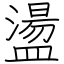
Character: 盪